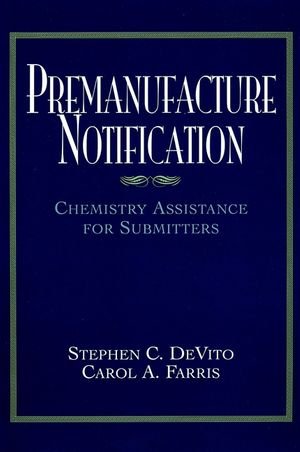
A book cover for Premanufacture Notification: Chemistry Assistance for Submitters; Shephen B. DeVito; Science & Math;